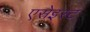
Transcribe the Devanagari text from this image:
एसेइस्ट